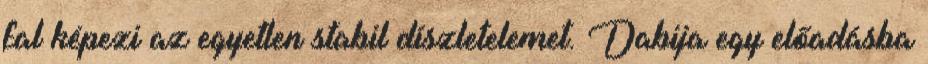
fal képezi az egyetlen stabil díszletelemet. Dabija egy előadásba